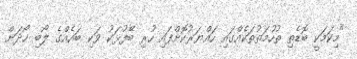
"މިކަމަކީ ބޮޑެތި ތުހުމަތުތަކެއްގައި ހައްޔަރުކޮށްފައި ހުރި ބޭފުޅަކު ވަކި ބައެއްގެ ލޯބި ހޯދަން